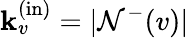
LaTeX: \mathbf{k}_{v}^{\mathrm{{(in)}}}=|\mathcal{{N}}^{-}(v)|